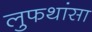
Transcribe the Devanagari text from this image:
लुफथांसा